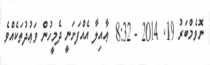
ނޮވެމްބަރު 19